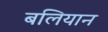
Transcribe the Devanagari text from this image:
बलियान